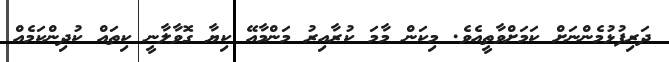
ދަރިފުޅުމެންނަށް ކަމަށްވާތީއެވެ. މިކަން މާމަ ކުރާއިރު މަންމާއޭ ކިޔާ ގޮވާލާނީ ކިތައް ކުދިންކަމެއް